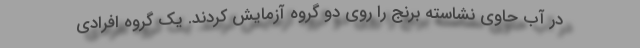
در آب حاوی نشاسته برنج را روی دو گروه آزمایش کردند. یک گروه افرادی